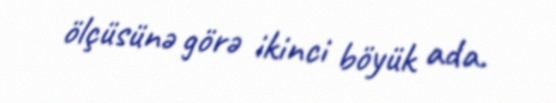
ölçüsünə görə ikinci böyük ada.